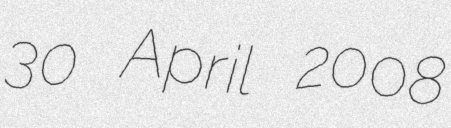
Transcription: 30 April 2008